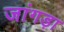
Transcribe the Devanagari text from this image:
जांगड़ा